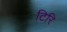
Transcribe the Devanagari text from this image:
टिरि